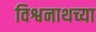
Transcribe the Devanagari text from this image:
विश्वनाथच्या